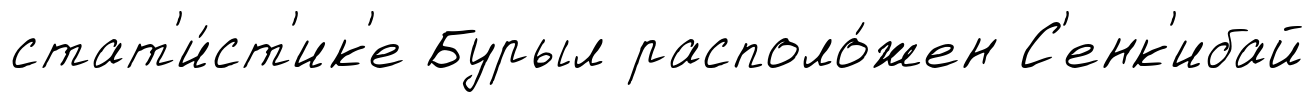
стат'и́ст'ик'е Бурыл располо́жен С'енк'ибай